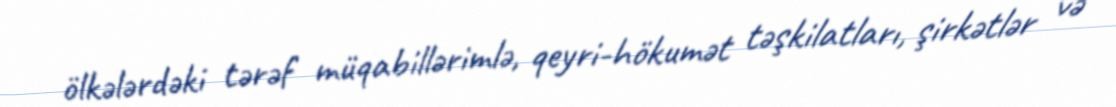
ölkələrdəki tərəf müqabillərimlə, qeyri-hökumət təşkilatları, şirkətlər və